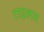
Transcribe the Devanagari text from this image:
टाइलस